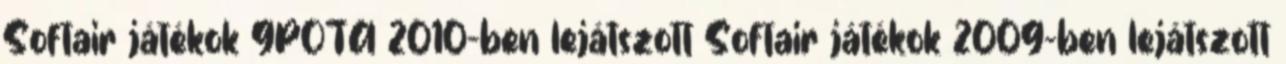
Softair játékok 9POTA 2010-ben lejátszott Softair játékok 2009-ben lejátszott